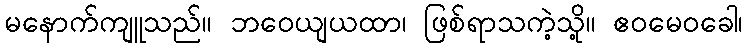
မနောက်ကျူသည်။ ဘဝေယျယထာ၊ ဖြစ်ရာသကဲ့သို့။ ဧဝမေဝခေါ၊